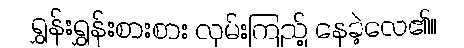
ရွှန်းရွှန်းစားစား လှမ်းကြည့် နေခဲ့လေ၏။